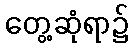
တွေ့ဆုံရာ၌